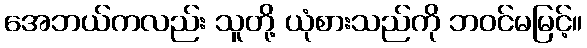
အေဘယ်ကလည်း သူတို့ ယုံစားသည်ကို ဘဝင်မမြင့်။